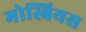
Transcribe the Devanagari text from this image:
मोस्बियस